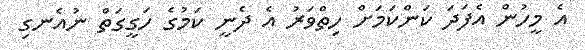
އެ މީހުން އެފަދަ ކަންކަމަށް ހިތްވަރު އެ ދެނީ ކަމުގެ ހަގީގަތް ނުއެނގި